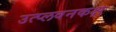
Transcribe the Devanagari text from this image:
उत्प्लवनकक्ष